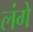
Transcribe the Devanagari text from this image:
लंगे